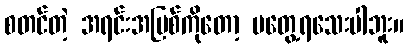
စတင်တဲ့ အရင်းအမြစ်ကိုတော့ မတွေ့ရသေးပါဘူး။